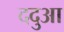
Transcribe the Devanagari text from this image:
ददुआ